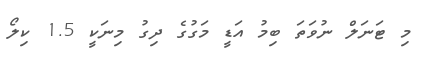
މި ޓަނަލް ނުވަތަ ބިމު އަޑީ މަގުގެ ދިގު މިނަކީ 1.5 ކިލޯ